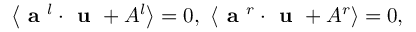
\left\langle \textbf { a } ^ { l } \cdot \textbf { u } + A ^ { l } \right\rangle = 0 , ~ \left\langle \textbf { a } ^ { r } \cdot \textbf { u } + A ^ { r } \right\rangle = 0 ,